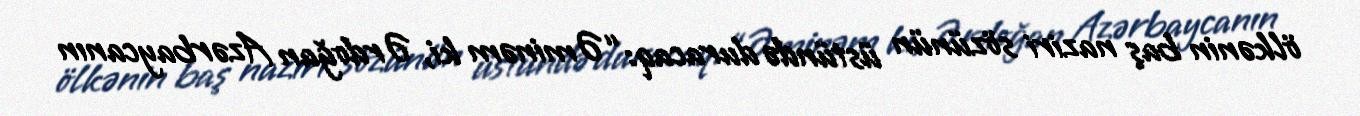
ölkənin baş naziri sözünün üstündə duracaq: “Əminəm ki, Ərdoğan Azərbaycanın